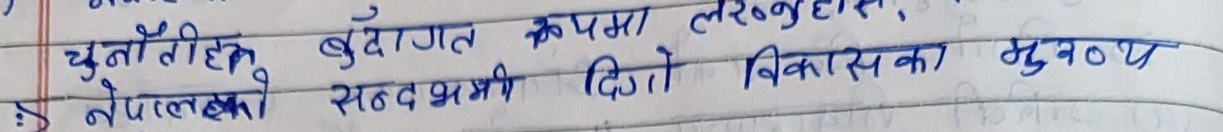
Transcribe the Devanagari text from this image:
चुनौतीहरू, बुँदागत रूपमा लेख्नुहोस्,
नेपालको सतत् एवम् दिगो विकासका मुख्य